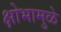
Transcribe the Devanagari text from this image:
क्षोभामुळे